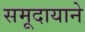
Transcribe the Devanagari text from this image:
समूदायाने